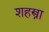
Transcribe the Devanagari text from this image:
शहस्त्रा